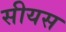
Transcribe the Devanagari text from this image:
सीयस